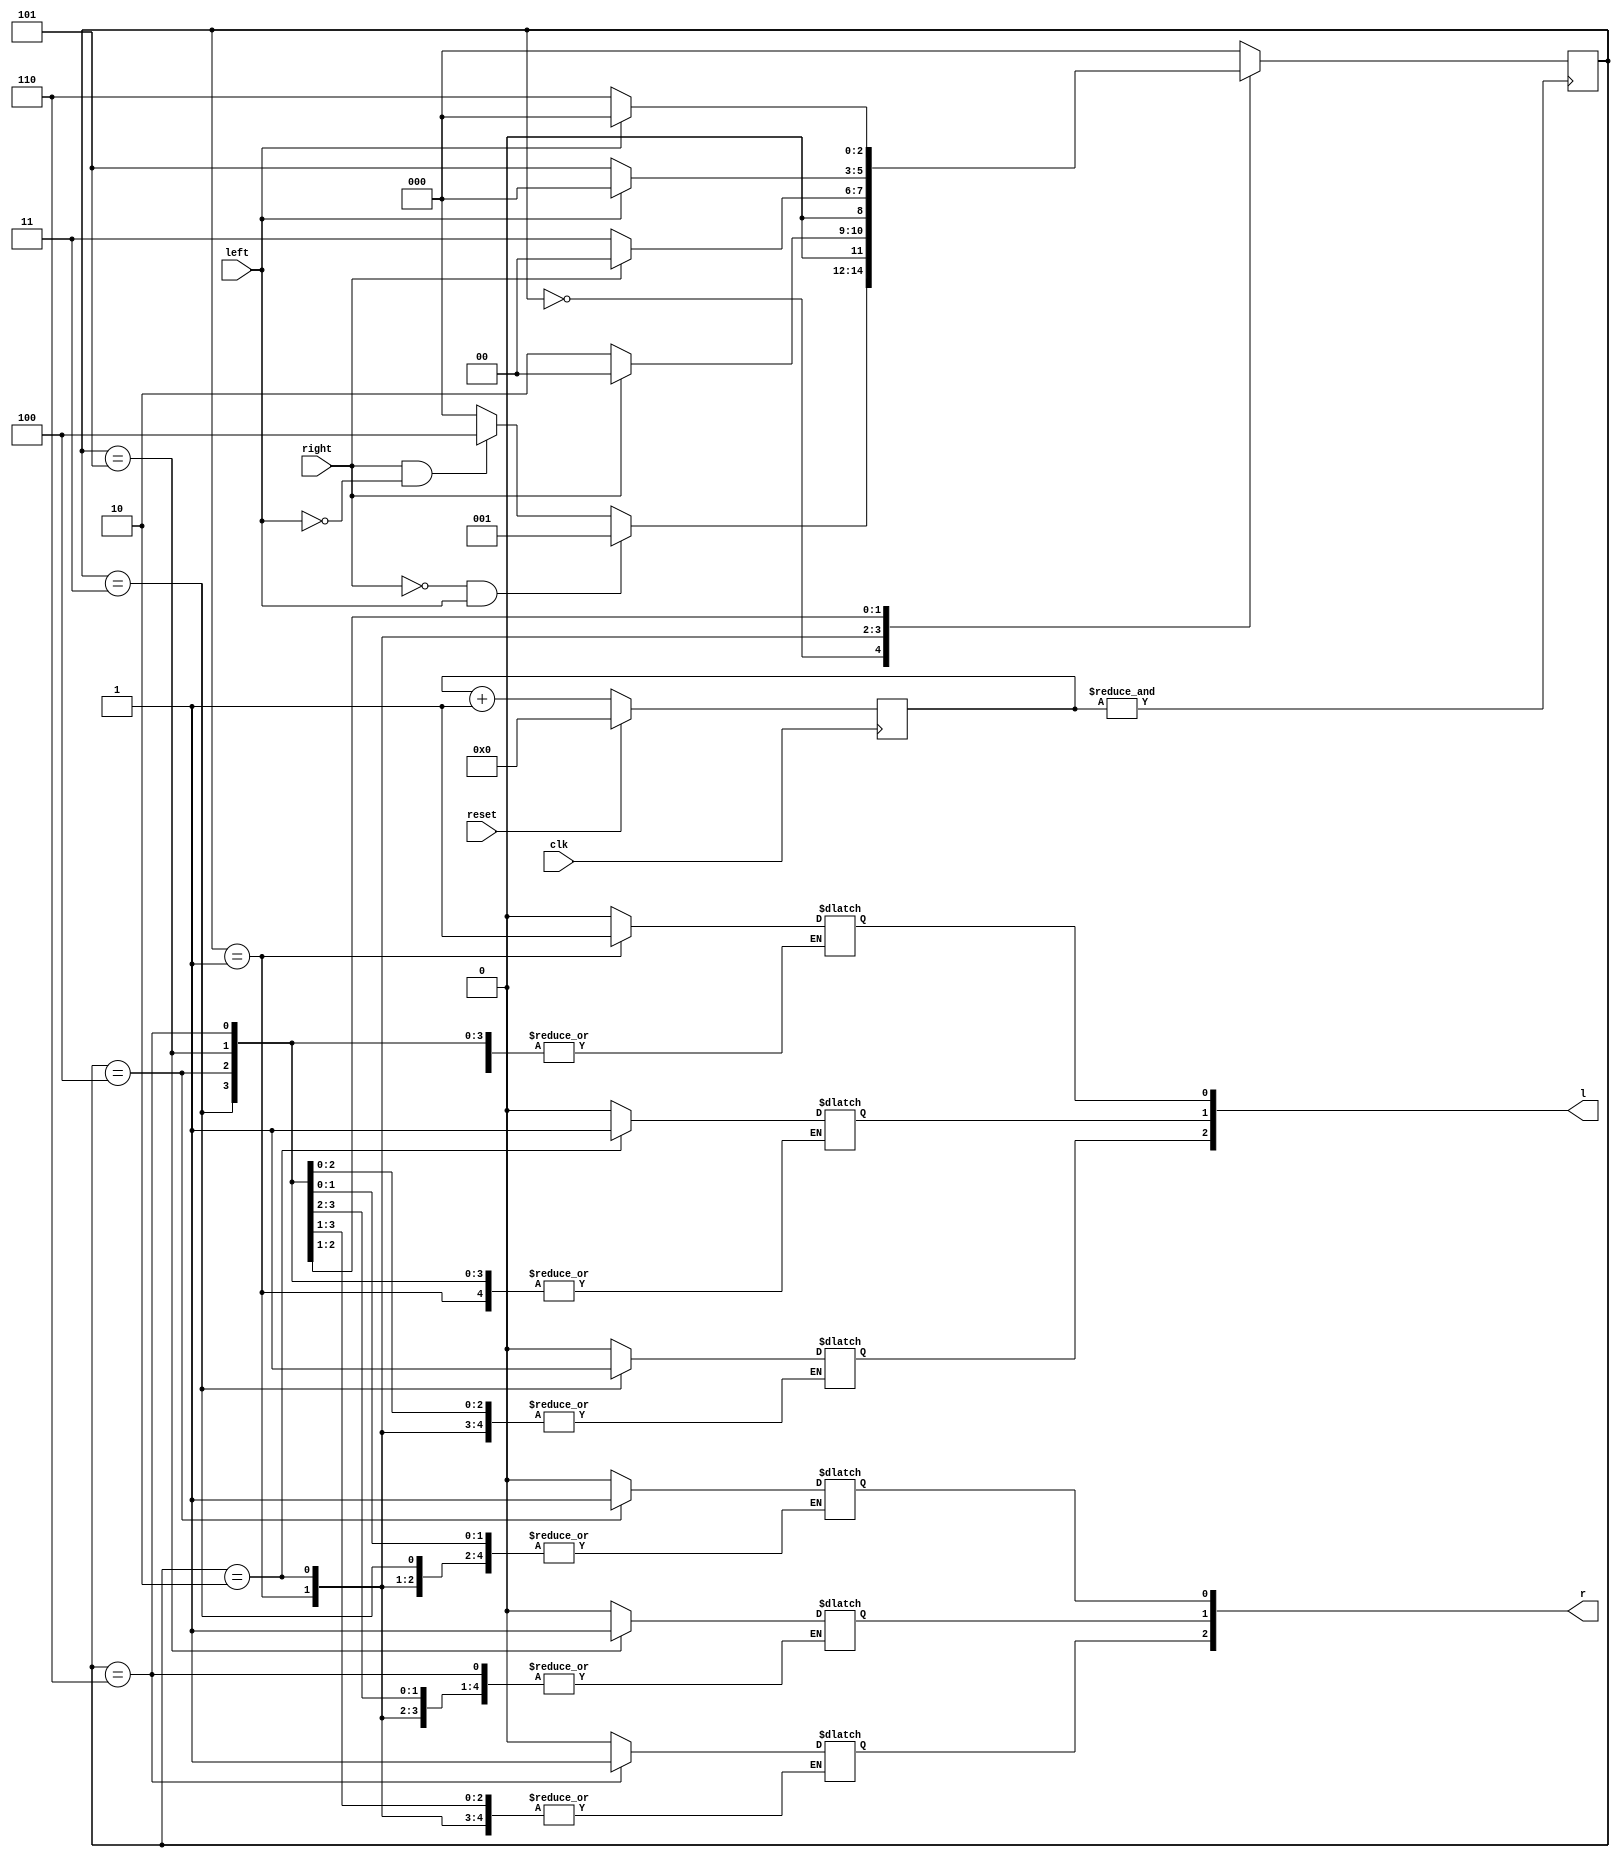
`timescale 1ns / 1ps
//////////////////////////////////////////////////////////////////////////////////
// Company: 
// Engineer: 
// 
// Design Name: 
// Module Name: Car_FSM
// Project Name: 
// Target Devices: 
// Tool Versions: 
// Description: 
// 
// Dependencies: 
// 
// Revision:
// Revision 0.01 - File Created
// Additional Comments:
// 
//////////////////////////////////////////////////////////////////////////////////


module Car_FSM( 
input clk,
input reset,
input left, 
input right, 
output reg [2:0] l,
output reg [2:0] r
    );
    
    
    reg [24:0] clk_count;
    wire clk_en;
    // clock division circuit
    always @(posedge clk) 
    begin
        if(reset)
        clk_count<=0;
        else
        clk_count<= clk_count +1;
    end
    assign clk_en = &clk_count;
    
    
    parameter s0 = 3'b000, s1 = 3'b001,s2 = 3'b010,s3 = 3'b011,s4 = 3'b100,s5 = 3'b101,s6 = 3'b110;
    
    reg [2:0] ps, ns;
    
    /*
    // present state logic for simulation
    always@(posedge clk, reset) begin
            if(reset) ps<= 0;
            else ps <= ns;
            end
    */
        
    // present state logic
    always@(posedge clk_en) begin
        ps <= ns;
        end
    
        
    //next state logic dependent on present state and inputs
    always@(ps,left,right) begin
        case(ps)
            s0: begin
                if(right==0 && left==1) 
                ns = s1;
                else if(right==1 && left==0)
                ns = s4;
                else 
                ns = s0;
                end
            s1: begin
                if (right ==0) // left can be 0 or 1 but right should be 0
                ns = s2;
                else
                ns = s0;
                end
            s2: begin
                if(right ==0) // left can be 0 or 1 but right should be 0         
                ns = s3;
                else
                ns = s0;
                end
            s3: begin
                ns = s0;
                end    
            s4: begin
                if (left ==0) // right can be 0 or 1 but left should be 0
                ns = s5;
                else
                ns = s0;
                end
            s5: begin
                if(left ==0) // right can be 0 or 1 but left should be 0          
                ns = s6;
                else
                ns = s0;
                end
            s6: begin
                ns =s0;
                end
            default: ns =s0;
        endcase
     end
              
     //output logic
     always@(ps) begin
        case(ps)
            s0: begin  
                l=3'b000; 
                r=3'b000;
                end
            s1: l[0] =1;
            s2: l[1] =1;
            s3: l[2] =1;
            s4: r[0] =1;
            s5: r[1] =1;
            s6: r[2] =1;
            default:begin 
            l=3'b000; r=3'b000;
            end
        endcase
        end
                    
endmodule